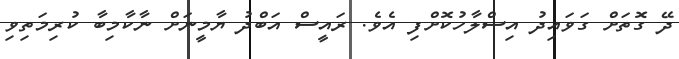
ދޭ ގޮތަށް ގަވައިދު އިސްލާހުކޮށްފި އެވެ. ރައީސް އަބްދު ޔާމީނަށް ނާކާމިބާ ކުރިމަތިވި